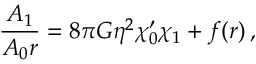
{ \frac { A _ { 1 } } { A _ { 0 } r } } = 8 \pi G \eta ^ { 2 } \chi _ { 0 } ^ { \prime } \chi _ { 1 } + f ( r ) \, ,